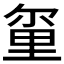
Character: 𫒂